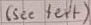
Text: (see text)